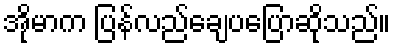
အိုမာက ပြန်လည်ချေပပြောဆိုသည်။